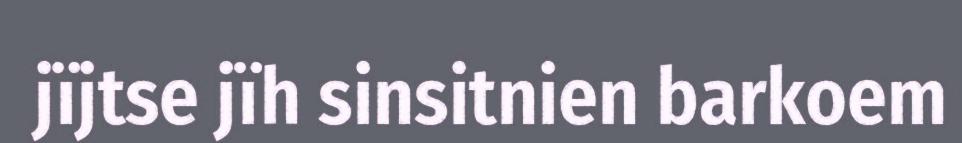
jïjtse jïh sinsitnien barkoem